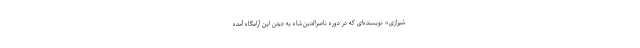
شیرازی» نویسنده‌ای که در دوره ناصرالدین‌شاه به دیدن این آرامگاه آمده